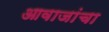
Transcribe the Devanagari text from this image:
आवाजांचा